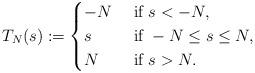
LaTeX: \begin{align*} T_N(s):=\begin{cases} -N&\mbox{ if }s<-N,\\ s&\mbox{ if }-N\leq s \leq N,\\ N&\mbox{ if }s>N. \end{cases} \end{align*}